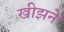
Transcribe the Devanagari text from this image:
खीझने